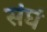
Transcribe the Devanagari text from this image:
संघं